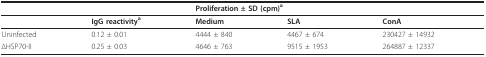
<table><thead><tr><td></td><td></td><td colspan="3"><b>Proliferation ± SD (cpm)<sup>a</sup></b></td></tr></thead><tbody><tr><td></td><td><b>IgG reactivity<sup>a</sup></b></td><td><b>Medium</b></td><td><b>SLA</b></td><td><b>ConA</b></td></tr><tr><td>Uninfected</td><td>0.12 ± 0.01</td><td>4444 ± 840 </td><td>4467 ± 674</td><td>230427 ± 14932</td></tr><tr><td>ΔHSP70-II</td><td>0.25 ± 0.03</td><td>4646 ± 763</td><td>9515 ± 1953</td><td>264887 ± 12337</td></tr></tbody></table>